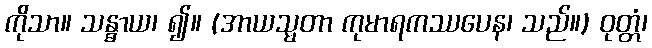
ကိုသာ။ သန္ဓာယ၊ ၍။ (အာယသ္မတာ ကုမာရကဿပေန၊ သည်။) ဝုတ္တံ၊